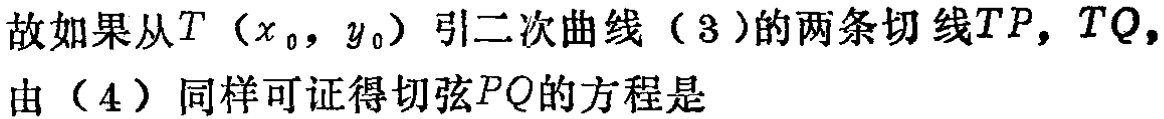
故如果从\(T\left(x_{0},y_{0}\right)\)引二次曲线（3）的两条切线\(TP,TQ\)，由（4）同样可证得切弦\(PQ\)的方程是